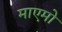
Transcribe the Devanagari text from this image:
माएमो